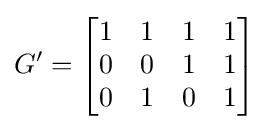
G'={\begin{bmatrix}1&1&1&1\\0&0&1&1\\0&1&0&1\end{bmatrix}}